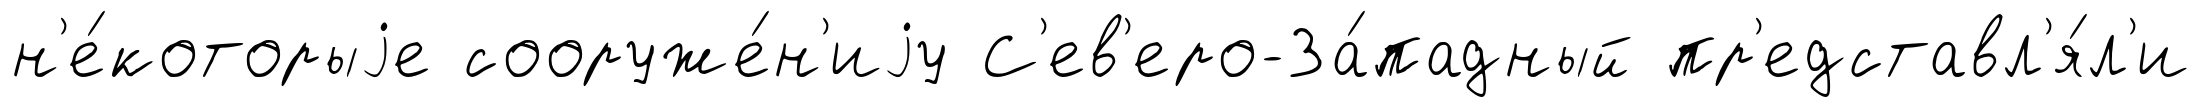
н'е́которыjе сооруже́н'иjу С'ев'еро-За́падный пр'едставл'я́л'и